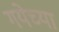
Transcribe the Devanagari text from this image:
गयेच्या